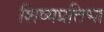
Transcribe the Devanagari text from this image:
शिष्यप्रतिभा